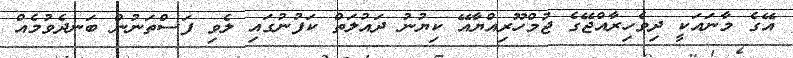
އޭގެ މާނައަކީ ދިވެހިރާއްޖޭގެ ޖުމްހޫރިއްޔާއޭ ކިޔުނު ދައުލަތް ކަފުނުގައި ލެވި ފަސްތަނުން ބަނދެވުމެއް